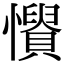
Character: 𢤳